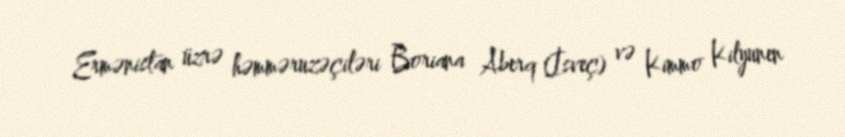
Ermənistan üzrə həmməruzəçiləri Boriana Aberq (İsveç) və Kimmo Kilyunen